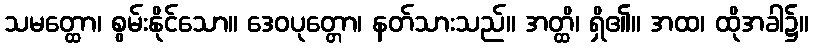
သမတ္ထော၊ စွမ်းနိုင်သော။ ဒေဝပုတ္တော၊ နတ်သားသည်။ အတ္ထိ၊ ရှိ၏။ အထ၊ ထိုအခါ၌။